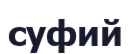
суфий